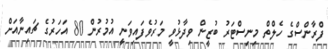
ފްރާންސްގެ ހެލްތް މިނިސްޓަރު ބުޒީން ވިދާޅުވީ މަރުވެފައިވަނީ އުމުރުން 80 އަހަރުގެ ޗައިނާއަށް